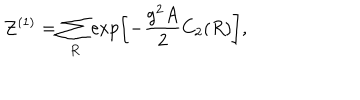
{ \cal Z } ^ { ( 1 ) } = \sum _ { R } \exp \left[ - { \frac { g ^ { 2 } A } { 2 } } C _ { 2 } ( R ) \right] ,